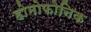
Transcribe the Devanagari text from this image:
होमोफोनिक